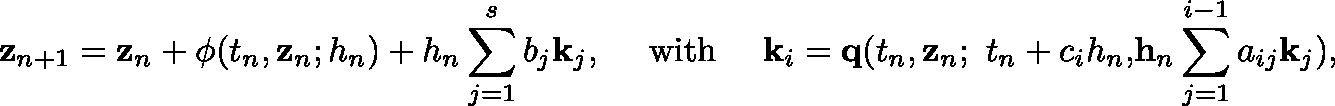
\qquad \mathbf { z } _ { n + 1 } = \mathbf { z } _ { n } + \mathbf { \phi } ( t _ { n } , \mathbf { z } _ { n } ; h _ { n } ) + h _ { n } \sum _ { j = 1 } ^ { s } b _ { j } \mathbf { k } _ { j } , \quad { \mathrm { ~ w i t h ~ } } \quad \mathbf { k } _ { i } = \mathbf { q } ( t _ { n } , \mathbf { z } _ { n } ; { \mathrm { ~ } } t _ { n } + c _ { i } h _ { n } \mathbf { , } \mathbf h _ { n } \sum _ { j = 1 } ^ { i - 1 } a _ { i j } \mathbf { k } _ { j } ) ,